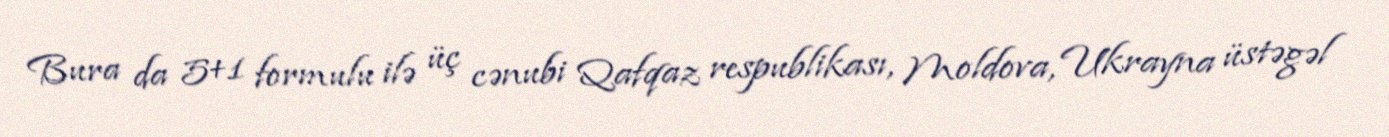
Bura da 5+1 formulu ilə üç cənubi Qafqaz respublikası, Moldova, Ukrayna üstəgəl